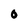
Character: O